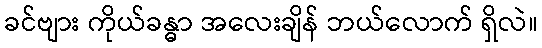
ခင်ဗျား ကိုယ်ခန္ဓာ အလေးချိန် ဘယ်လောက် ရှိလဲ။